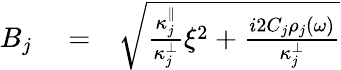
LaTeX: \begin{array}{rlr}{B_{j}}&{{}=}&{\sqrt{\frac{\kappa_{j}^{\parallel}}{\kappa_{j}^{\perp}}\xi^{2}+\frac{i2C_{j}\rho_{j}(\omega)}{\kappa_{j}^{\perp}}}}\end{array}